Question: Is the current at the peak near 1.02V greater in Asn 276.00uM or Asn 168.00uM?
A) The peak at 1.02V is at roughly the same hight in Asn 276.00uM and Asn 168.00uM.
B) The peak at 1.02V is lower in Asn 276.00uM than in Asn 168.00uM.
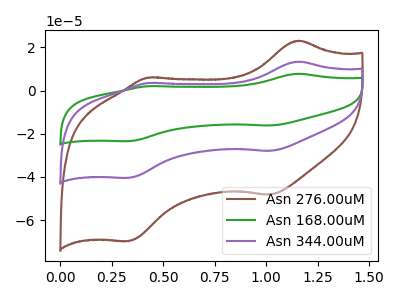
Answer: <think>The brown curve "Asn 276.00uM" has anodic peaks at (1.15V, 23.10uA) (0.40V, 6.00uA) and cathodic peaks at (1.00V, -48.20uA) (0.35V, -69.75uA). The green curve "Asn 168.00uM" has anodic peaks at (1.15V, 26.75uA) (0.40V, 7.00uA) and cathodic peaks at (1.00V, -55.90uA) (0.35V, -80.85uA). The purple curve "Asn 344.00uM" has anodic peaks at (1.15V, 13.40uA) (0.40V, 3.50uA) and cathodic peaks at (1.00V, -27.95uA) (0.35V, -40.45uA).</think>
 <answer>B) The peak at 1.02V is lower in "Asn 276.00uM" than in "Asn 168.00uM".</answer>
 <eval>B</eval>